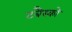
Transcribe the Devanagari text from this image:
टबैस्को